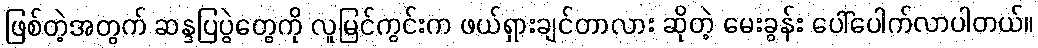
ဖြစ်တဲ့အတွက် ဆန္ဒပြပွဲတွေကို လူမြင်ကွင်းက ဖယ်ရှားချင်တာလား ဆိုတဲ့ မေးခွန်း ပေါ်ပေါက်လာပါတယ်။